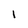
Character: I